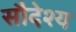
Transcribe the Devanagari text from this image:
सौदेश्य